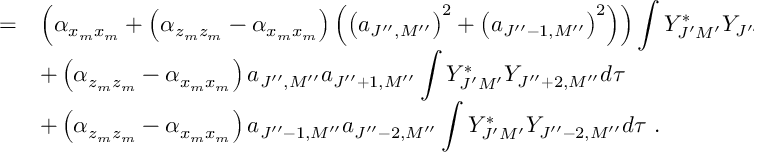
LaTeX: \begin{array} { r c l } { { } } & { { = } } & { { \left( \alpha _ { x _ { m } x _ { m } } + \left( \alpha _ { z _ { m } z _ { m } } - \alpha _ { x _ { m } x _ { m } } \right) \left( \left( a _ { J ^ { \prime \prime } , M ^ { \prime \prime } } \right) ^ { 2 } + \left( a _ { J ^ { \prime \prime } - 1 , M ^ { \prime \prime } } \right) ^ { 2 } \right) \right) \displaystyle \int Y _ { J ^ { \prime } M ^ { \prime } } ^ { \ast } Y _ { J ^ { \prime \prime } M ^ { \prime \prime } } d \tau } } \\ { { } } & { { } } & { { + \left( \alpha _ { z _ { m } z _ { m } } - \alpha _ { x _ { m } x _ { m } } \right) a _ { J ^ { \prime \prime } , M ^ { \prime \prime } } a _ { J ^ { \prime \prime } + 1 , M ^ { \prime \prime } } \displaystyle \int Y _ { J ^ { \prime } M ^ { \prime } } ^ { \ast } Y _ { J ^ { \prime \prime } + 2 , M ^ { \prime \prime } } d \tau } } \\ { { } } & { { } } & { { + \left( \alpha _ { z _ { m } z _ { m } } - \alpha _ { x _ { m } x _ { m } } \right) a _ { J ^ { \prime \prime } - 1 , M ^ { \prime \prime } } a _ { J ^ { \prime \prime } - 2 , M ^ { \prime \prime } } \displaystyle \int Y _ { J ^ { \prime } M ^ { \prime } } ^ { \ast } Y _ { J ^ { \prime \prime } - 2 , M ^ { \prime \prime } } d \tau ~ . } } \end{array}